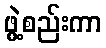
ဖွဲ့စည်းကာ